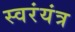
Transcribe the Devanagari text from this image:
स्वरंयंत्र